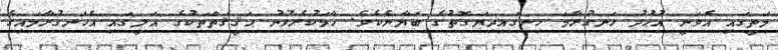
މަތީގައި އެވަނީ އުޙުދު ހަނގުރާމަ ހިނގައިދިޔަގޮތުގެ ބަޔާނެކެވެ. ހާމަކުރެވުނު ޙަޤީޤަތްތަކުގެ އަލީގައި އެހަނގުރާމައިގެ